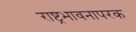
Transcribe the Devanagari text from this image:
राष्ट्रभावनापरक